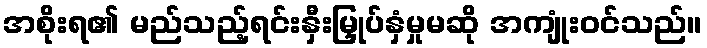
အစိုးရ၏ မည်သည့်ရင်းနှီးမြှုပ်နှံမှုမဆို အကျုံးဝင်သည်။